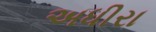
અધીરા